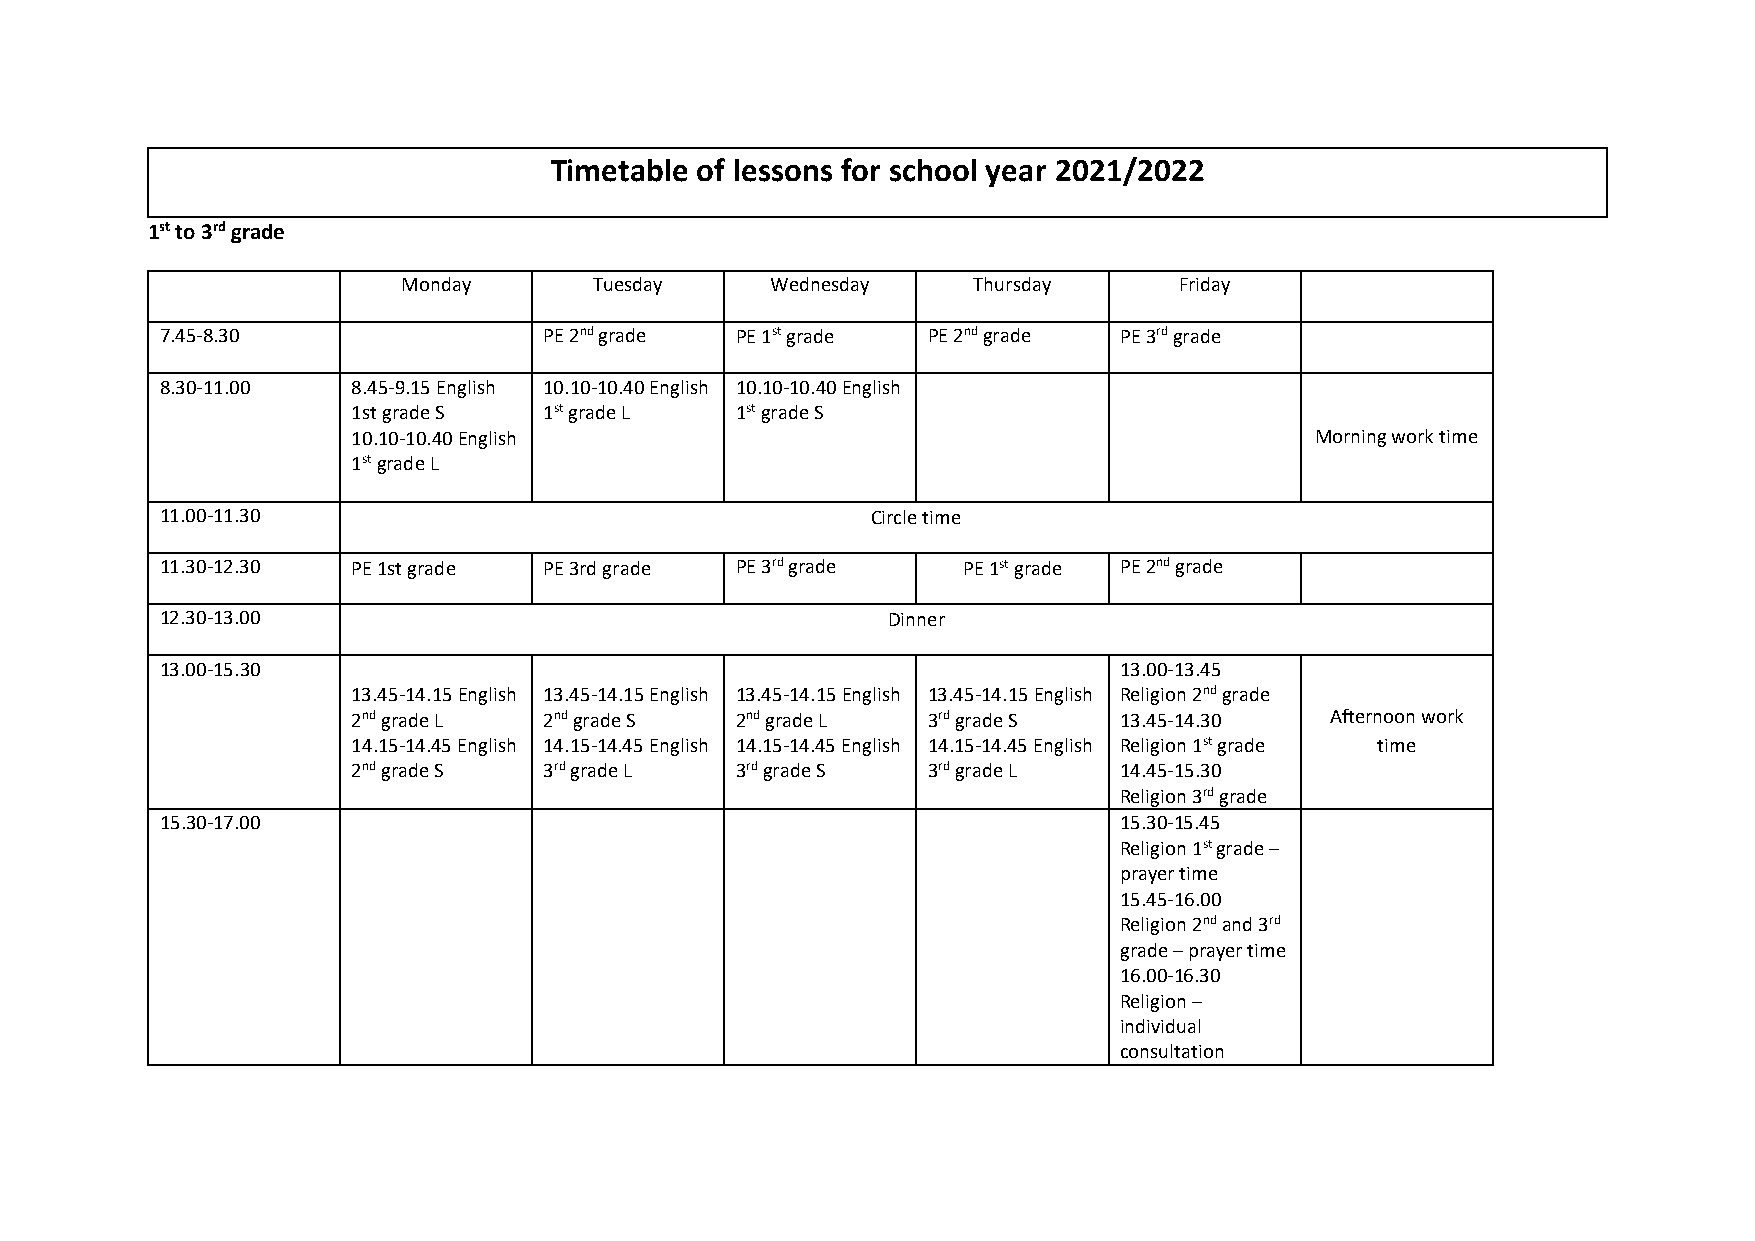
Timetable of lessons for school year 2021/2022
 1st to 3rd grade
 Monday      Tuesday     Wednesday    Thursday      Friday
 7.45-8.30                PE 2nd grade PE 1st grade PE 2nd grade PE 3rd grade
 8.30-11.00  8.45-9.15 English 10.10-10.40 English 10.10-10.40 English
 1st grade S  1st grade L  1st grade S
 10.10-10.40 English                                             Morning work time
 1st grade L
 11.00-11.30                                    Circle time
 11.30-12.30 PE 1st grade PE 3rd grade PE 3rd grade   PE 1st grade PE 2nd grade
 12.30-13.00                                     Dinner
 13.00-15.30                                                    13.00-13.45
 13.45-14.15 English 13.45-14.15 English 13.45-14.15 English 13.45-14.15 English Religion 2nd grade
 2nd grade L  2nd grade S  2nd grade L 3rd grade S  13.45-14.30   Afternoon work
 14.15-14.45 English 14.15-14.45 English 14.15-14.45 English 14.15-14.45 English Religion 1st grade time
 2nd grade S  3rd grade L  3rd grade S 3rd grade L  14.45-15.30
 Religion 3rd grade
 15.30-17.00                                                    15.30-15.45
 Religion 1st grade –
 prayer time
 15.45-16.00
 Religion 2nd and 3rd
 grade – prayer time
 16.00-16.30
 Religion –
 individual
 consultation